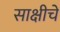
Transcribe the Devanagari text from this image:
साक्षीचे